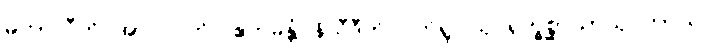
မဟာလီတိ အာလပတိ။ ဧကမန္တံ နိသီဒီတိ ပတိရူပါသု ရုက္ခစ္ဆာယာသု တာယ